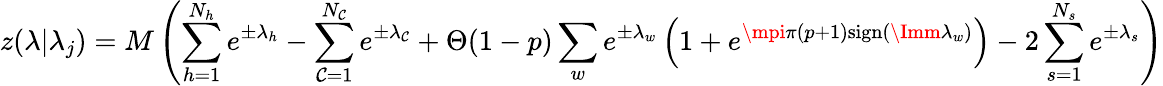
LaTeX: z(\lambda|\lambda_{j})=M\left(\sum_{h=1}^{N_{h}}e^{\pm\lambda_{h}}-\sum_{\mathcal{C}=1}^{N_{\mathcal{C}}}e^{\pm\lambda_{\mathcal{C}}}+\Theta(1-p)\sum_{w}e^{\pm\lambda_{w}}\left(1+e^{\mpi\pi(p+1)\mathrm{{sign}}(\Imm\lambda_{w})}\right)-2\sum_{s=1}^{N_{s}}e^{\pm\lambda_{s}}\right)